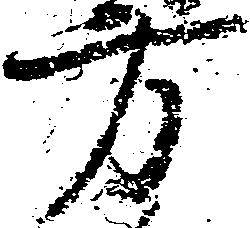
方